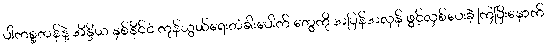
ပါကစ္စတန်နဲ့ အိန္ဒိယ နှစ်နိုင်ငံ ကုန်သွယ်ရေးတံခါးပေါက် တွေကို အပြန်အလှန် ဖွင့်လှစ်ပေးခဲ့ ကြပြီးနောက်